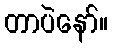
တာပဲနော်။